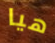
هيا